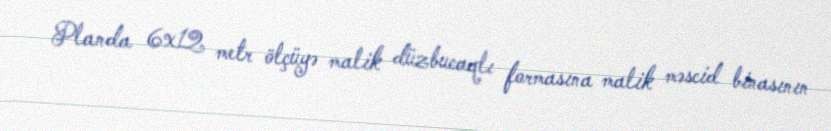
Planda 6x12 metr ölçüyə malik düzbucaqlı formasına malik məscid binasının